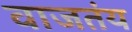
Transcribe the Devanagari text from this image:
वाजतंय